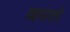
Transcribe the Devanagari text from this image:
व्हयतो